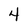
Character: 4